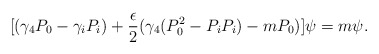
\begin{align*}[(\gamma_4 P_0 - \gamma_i P_i) + \frac{\epsilon}{2}(\gamma_4 ( P_{0}^{2} - P_i P_i ) - m P_0)] \psi = m \psi.\end{align*}